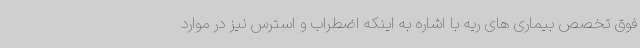
فوق تخصص بیماری های ریه با اشاره به اینکه اضطراب و استرس نیز در موارد